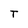
Character: T